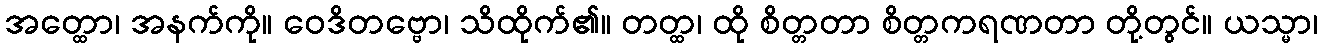
အတ္ထော၊ အနက်ကို။ ဝေဒိတဗ္ဗော၊ သိထိုက်၏။ တတ္ထ၊ ထို စိတ္တတာ စိတ္တကရဏတာ တို့တွင်။ ယသ္မာ၊